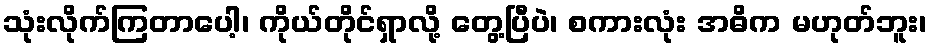
သုံးလိုက်ကြတာပေါ့၊ ကိုယ်တိုင်ရှာလို့ တွေ့ပြီပဲ၊ စကားလုံး အဓိက မဟုတ်ဘူး၊